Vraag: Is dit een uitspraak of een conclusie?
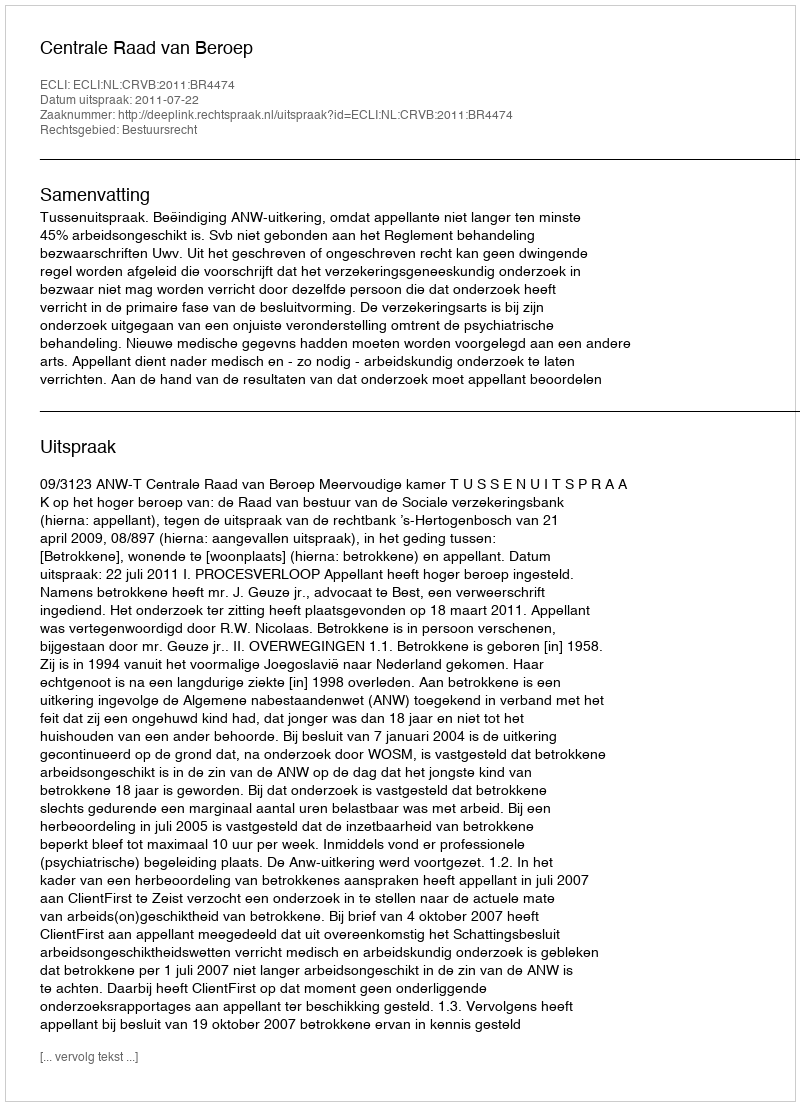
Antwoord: Uitspraak